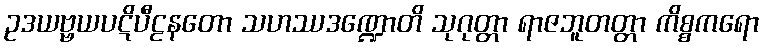
ဥဒယဗ္ဗယပဋိပီဠနတော သဟဿဒဏ္ဍောတိ သုဂုတ္တာ ရာဇဘူတတ္တာ ကိစ္စကရော